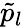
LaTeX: \tilde{p}_{l}